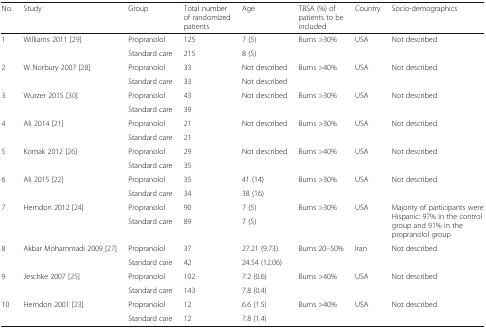
<table><thead><tr><td><b>No.</b></td><td><b>Study</b></td><td><b>Group</b></td><td><b>Total number of randomized patients</b></td><td><b>Age</b></td><td><b>TBSA (%) of patients to be included</b></td><td><b>Country</b></td><td><b>Socio-demographics</b></td></tr></thead><tbody><tr><td rowspan="2">1</td><td rowspan="2">Williams 2011 [29]</td><td>Propranolol</td><td>125</td><td>7 (5)</td><td rowspan="2">Burns &gt;30%</td><td rowspan="2">USA</td><td rowspan="2">Not described</td></tr><tr><td>Standard care</td><td>215</td><td>8 (5)</td></tr><tr><td rowspan="2">2</td><td rowspan="2">W Norbury 2007 [28]</td><td>Propranolol</td><td>33</td><td>Not described</td><td rowspan="2">Burns &gt;40%</td><td rowspan="2">USA</td><td rowspan="2">Not described</td></tr><tr><td>Standard care</td><td>33</td><td>Not described</td></tr><tr><td rowspan="2">3</td><td rowspan="2">Wurzer 2015 [30]</td><td>Propranolol</td><td>43</td><td rowspan="2">Not described</td><td rowspan="2">Burns &gt;30%</td><td rowspan="2">USA</td><td rowspan="2">Not described</td></tr><tr><td>Standard care</td><td>39</td></tr><tr><td rowspan="2">4</td><td rowspan="2">Ali 2014 [21]</td><td>Propranolol</td><td>21</td><td rowspan="2">Not described</td><td rowspan="2">Burns &gt;30%</td><td rowspan="2">USA</td><td rowspan="2">Not described</td></tr><tr><td>Standard care</td><td>21</td></tr><tr><td rowspan="2">5</td><td rowspan="2">Komak 2012 [26]</td><td>Propranolol</td><td>29</td><td rowspan="2">Not described</td><td rowspan="2">Burns &gt;40%</td><td rowspan="2">USA</td><td rowspan="2">Not described</td></tr><tr><td>Standard care</td><td>35</td></tr><tr><td rowspan="2">6</td><td rowspan="2">Ali 2015 [22]</td><td>Propranolol</td><td>35</td><td>41 (14)</td><td rowspan="2">Burns &gt;30%</td><td rowspan="2">USA</td><td rowspan="2">Not described</td></tr><tr><td>Standard care</td><td>34</td><td>38 (16)</td></tr><tr><td rowspan="2">7</td><td rowspan="2">Herndon 2012 [24]</td><td>Propranolol</td><td>90</td><td>7 (5)</td><td rowspan="2">Burns &gt;30%</td><td rowspan="2">USA</td><td rowspan="2">Majority of participants were Hispanic: 97% in the control group and 91% in the propranolol group</td></tr><tr><td>Standard care</td><td>89</td><td>7 (5)</td></tr><tr><td rowspan="2">8</td><td rowspan="2">Akbar Mohammadi 2009 [27]</td><td>Propranolol</td><td>37</td><td>27.21 (9.73)</td><td rowspan="2">Burns 20–50%</td><td rowspan="2">Iran</td><td rowspan="2">Not described</td></tr><tr><td>Standard care</td><td>42</td><td>24.54 (12.06)</td></tr><tr><td rowspan="2">9</td><td rowspan="2">Jeschke 2007 [25]</td><td>Propranolol</td><td>102</td><td>7.2 (0.6)</td><td rowspan="2">Burns &gt;40%</td><td rowspan="2">USA</td><td rowspan="2">Not described</td></tr><tr><td>Standard care</td><td>143</td><td>7.8 (0.4)</td></tr><tr><td rowspan="2">10</td><td rowspan="2">Herndon 2001 [23]</td><td>Propranolol</td><td>12</td><td>6.6 (1.5)</td><td rowspan="2">Burns &gt;40%</td><td rowspan="2">USA</td><td rowspan="2">Not described</td></tr><tr><td>Standard care</td><td>12</td><td>7.8 (1.4)</td></tr></tbody></table>